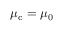
\mu _ { \mathrm { c } } = \mu _ { 0 }